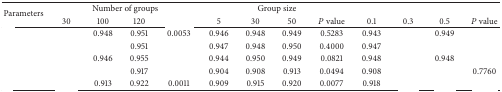
<table><thead><tr><td rowspan="2"><b>Parameters</b></td><td colspan="4"><b>Number of groups</b></td><td colspan="4"><b>Group size</b></td><td colspan="4">[EMPTY_CELL]</td></tr><tr><td><b>30</b></td><td><b>100</b></td><td><b>120</b></td><td>[EMPTY_CELL]</td><td><b>5</b></td><td><b>30</b></td><td><b>50</b></td><td><b><i>P</i> value</b></td><td><b>0.1</b></td><td><b>0.3</b></td><td><b>0.5</b></td><td><b><i>P</i> value</b></td></tr></thead><tbody><tr><td>[EMPTY_CELL]</td><td>[EMPTY_CELL]</td><td>0.948</td><td>0.951</td><td>0.0053</td><td>0.946</td><td>0.948</td><td>0.949</td><td>0.5283</td><td>0.943</td><td>[EMPTY_CELL]</td><td>0.949</td><td>[EMPTY_CELL]</td></tr><tr><td>[EMPTY_CELL]</td><td>[EMPTY_CELL]</td><td>[EMPTY_CELL]</td><td>0.951</td><td>[EMPTY_CELL]</td><td>0.947</td><td>0.948</td><td>0.950</td><td>0.4000</td><td>0.947</td><td>[EMPTY_CELL]</td><td>[EMPTY_CELL]</td><td>[EMPTY_CELL]</td></tr><tr><td>[EMPTY_CELL]</td><td>[EMPTY_CELL]</td><td>0.946</td><td>0.955</td><td>[EMPTY_CELL]</td><td>0.944</td><td>0.950</td><td>0.949</td><td>0.0821</td><td>0.948</td><td>[EMPTY_CELL]</td><td>0.948</td><td>[EMPTY_CELL]</td></tr><tr><td>[EMPTY_CELL]</td><td>[EMPTY_CELL]</td><td>[EMPTY_CELL]</td><td>0.917</td><td>[EMPTY_CELL]</td><td>0.904</td><td>0.908</td><td>0.913</td><td>0.0494</td><td>0.908</td><td>[EMPTY_CELL]</td><td>[EMPTY_CELL]</td><td>0.7760</td></tr><tr><td>[EMPTY_CELL]</td><td>[EMPTY_CELL]</td><td>0.913</td><td>0.922</td><td>0.0011</td><td>0.909</td><td>0.915</td><td>0.920</td><td>0.0077</td><td>0.918</td><td>[EMPTY_CELL]</td><td>[EMPTY_CELL]</td><td>[EMPTY_CELL]</td></tr></tbody></table>